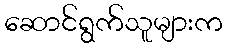
ဆောင်ရွက်သူများက